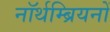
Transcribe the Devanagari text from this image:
नॉर्थम्ब्रियनों